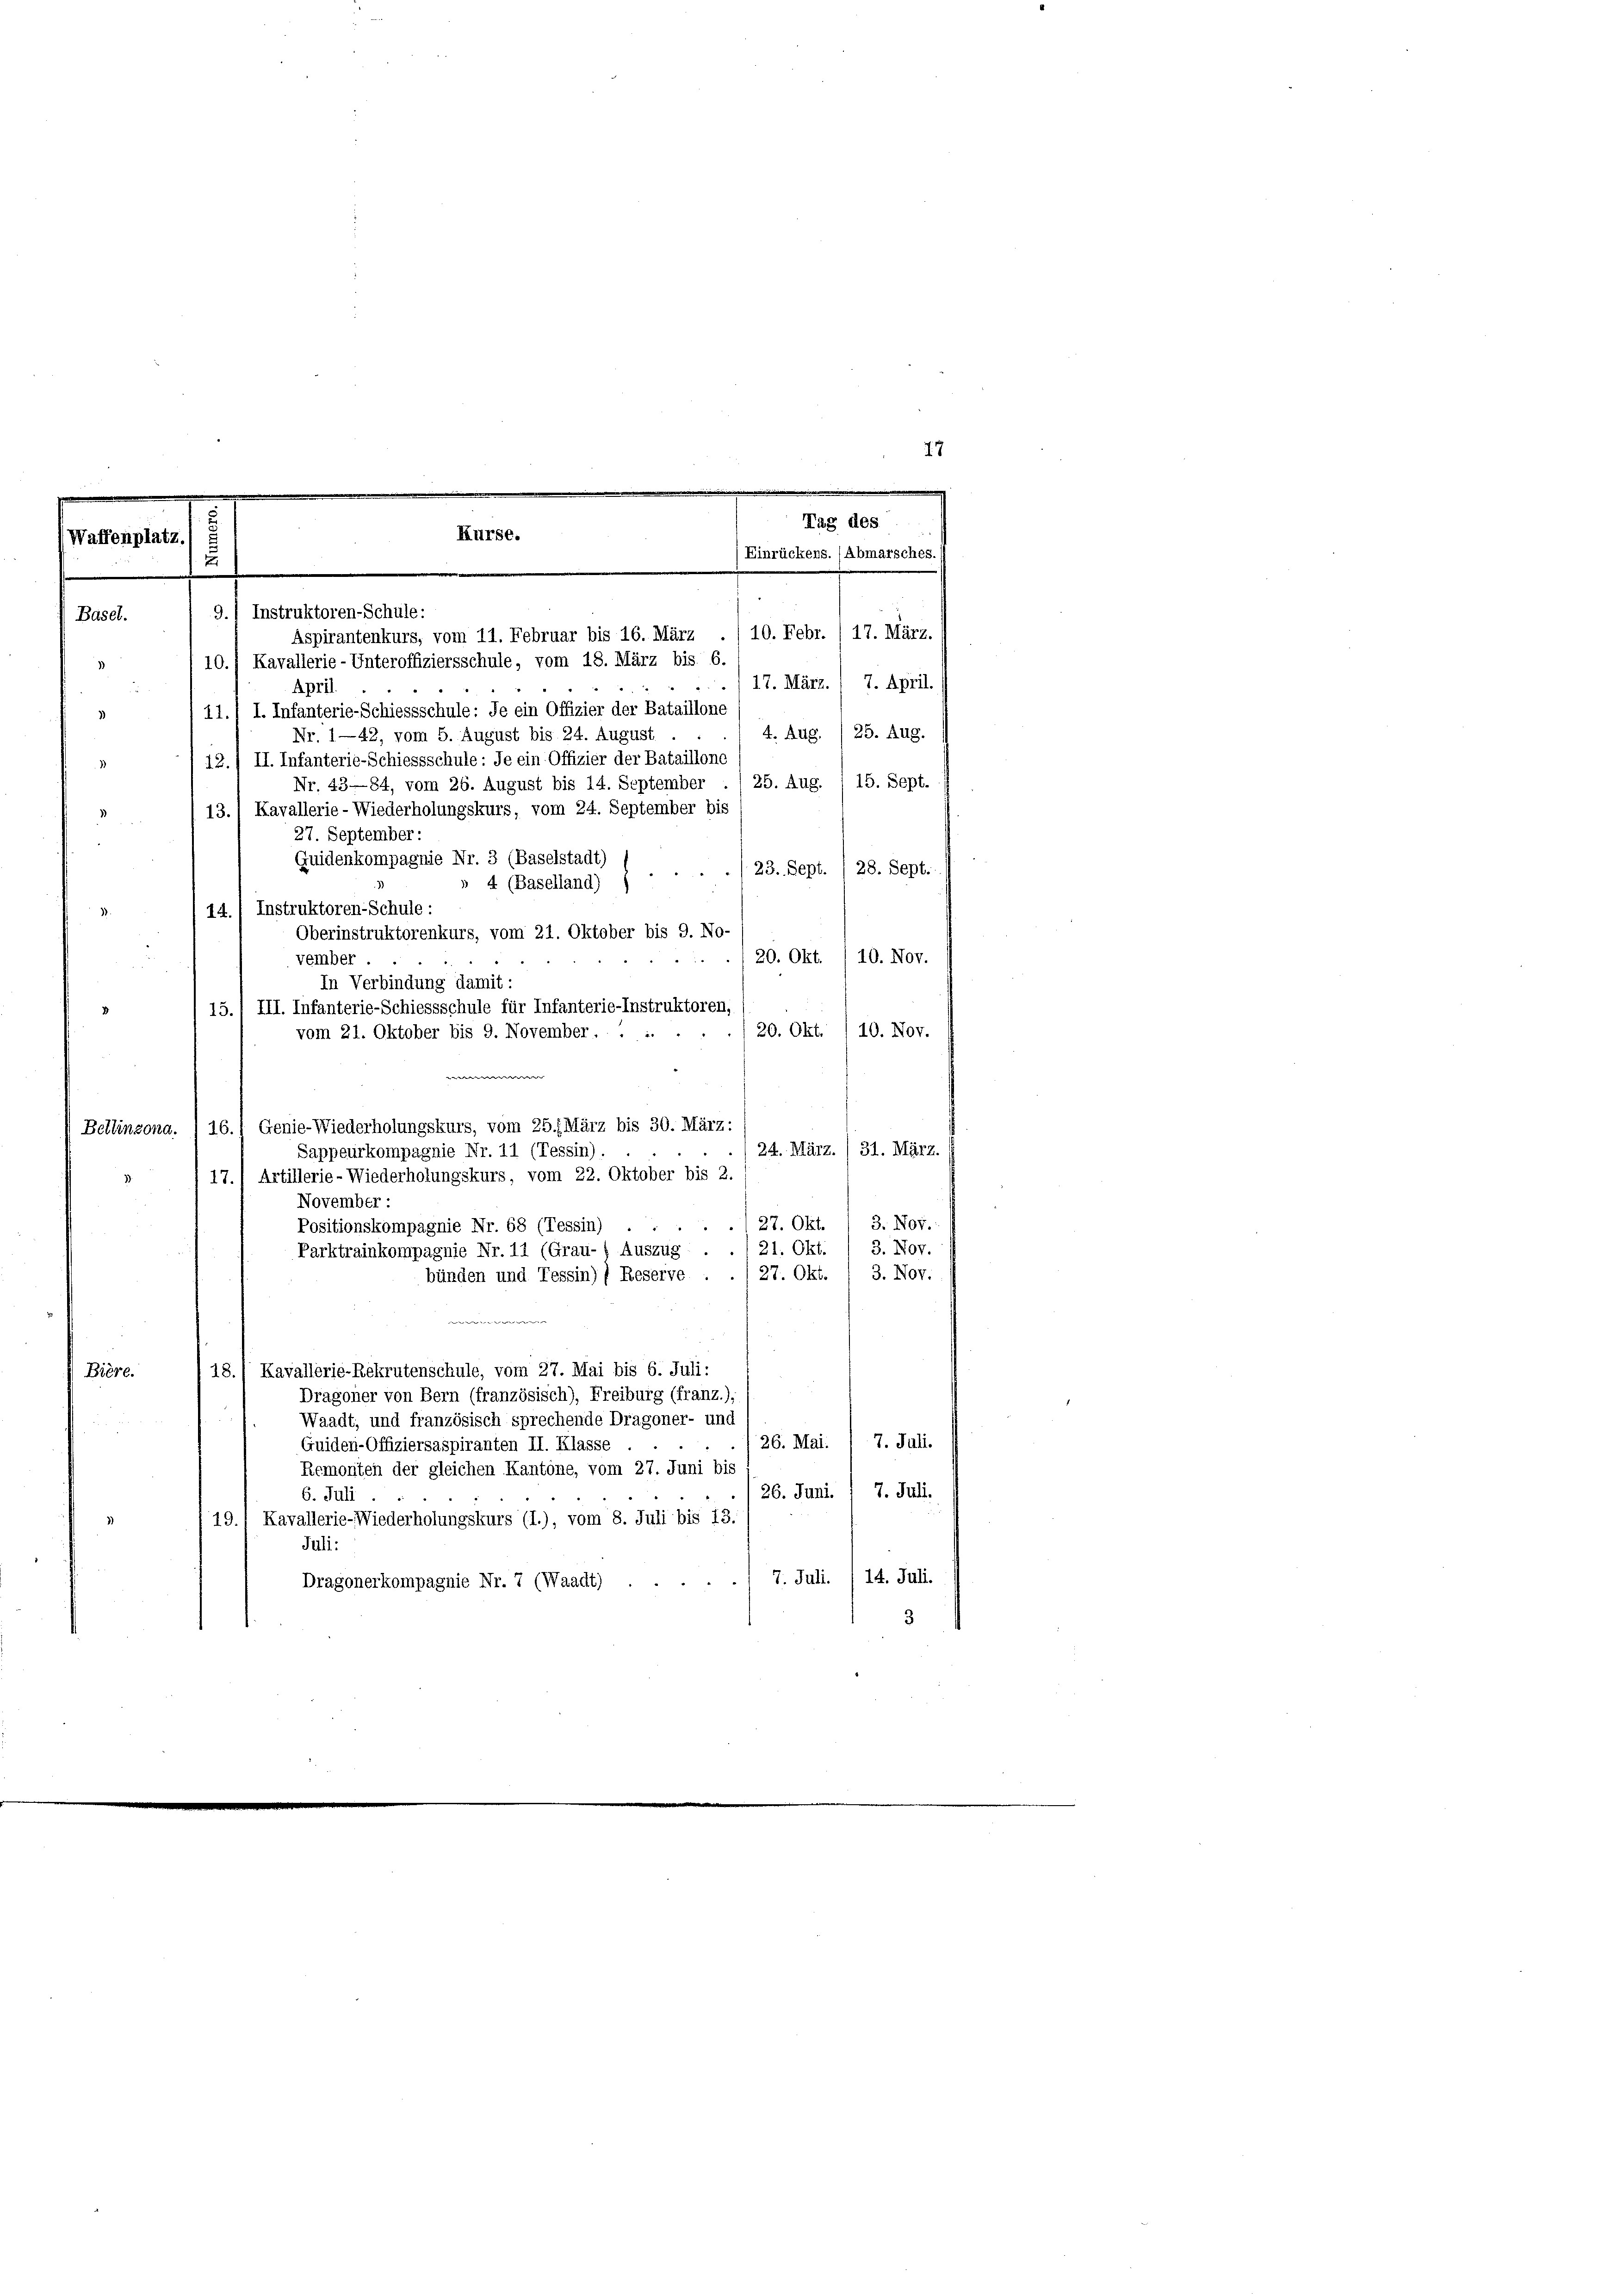
77
e
Tag des
Kurse.
Waffenplatz.
Einrückens. (Abmarsches.
2
9.) Instruktoren-Schule:
Basel.
10. Febr. / 17. März.
Aspirantenkurs, vom 11. Februar bis 16. März
10.) Kavallerie-Unteroffiziersschule, vom 18. März bis 6.

17. März. / 7. April.
April
11.1 I. Infanterie-Schiessschule: Je ein Offizier der Bataillone
)
4. Aug. / 25. Aug.
Nr. 1—42, vom 5. August bis 24. August.
12./ II. Infanterie-Schiessschule: Je ein Offizier der Bataillone
25. Aug. 15. Sept.
Nr. 43—84, vom 26. August bis 14. September
13.1 Kavallerie-Wiederholungskurs, vom 24. September bis
27. September:
Guidenkompagnie Nr. 3 (Baselstadt)
23. Sept. / 28. Sept.
4 (Baselland)
14.1 Instruktoren-Schule:
Oberinstruktorenkurs, vom 21. Oktober bis 9. No-
./20. Okt. /10. Nov.
vember
In Verbindung damit:
15.) III. Infanterie-Schiessschule für Infanterie-Instruktoren,
20. Okt. 10. Nov.
vom 21. Oktober bis 9. November. . ..
w
16.) Genie-Wiederholungskurs, vom 25. März bis 30. März,
Bellinzona.
24. März. / 31. März.
Sappeurkompagnie Nr. 11 (Tessin)
17.) Artillerie-Wiederholungskurs, vom 22. Oktober bis 2.
November
3. Nov.
27. Okt.
Positionskompagnie Nr. 68 (Tessin)
121. Okt. / 3. Nov.
Parktrainkompagnie Nr. 11 (Grau-) Auszug
27. Okt. / 3. Nov.
bünden und Tessin) ( Reserve
Bière.
18./ Kavallerie-Rekrutenschule, vom 27. Mai bis 6. Juli:
Dragoner von Bern (französisch), Freiburg (franz.);
Waadt, und französisch sprechende Dragoner- und
26. Mai.
7. Juli.
Guiden-Offiziersaspiranten II. Klasse.
Remonten der gleichen Kantone, vom 27. Juni bis
26. Juni. 1 7. Juli.
6. Juli
19. Kavallerie-Wiederholungskurs (I.), vom 8. Juli bis 13.
Juli:
7. Juli. /14. Juli.
Dragonerkompagnie Nr. 7 (Waadt)